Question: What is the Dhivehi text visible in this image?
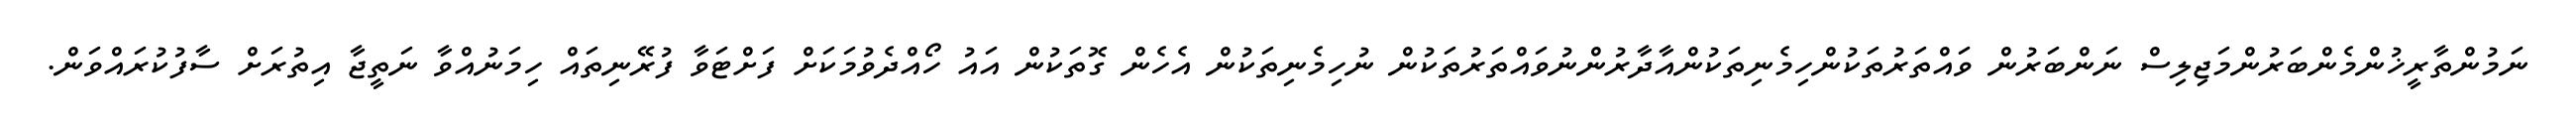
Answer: ނަމުންތާރީޚުންމެންބަރުންމަޖިލިސް ނަންބަރުން ވައްތަރުތަކުންހިމެނިތަކުންއާދާރުންނުވައްތަރުތަކުން ނުހިމެނިތަކުން އެހެން ގޮތަކުން އައު ހޯއްދެވުމަކަށް ފަށްޓަވާ ފުރޭނިތައް ހިމަނުއްވާ ނަތީޖާ އިތުރަށް ސާފުކުރައްވަން.